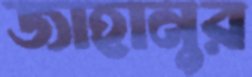
জাহানুর